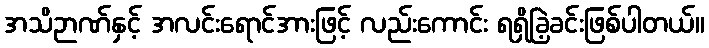
အသိဉာဏ်နှင့် အလင်းရောင်အားဖြင့် လည်းကောင်း ရရှိခြဲ့ခင်းဖြစ်ပါတယ်။